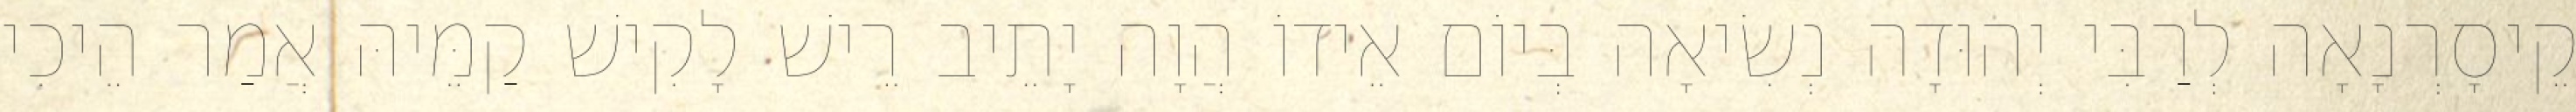
קֵיסָרְנָאָה לְרַבִּי יְהוּדָה נְשִׂיאָה בְּיוֹם אֵידוֹ הֲוָה יָתֵיב רֵישׁ לָקִישׁ קַמֵּיהּ אֲמַר הֵיכִי